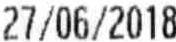
27/06/2018